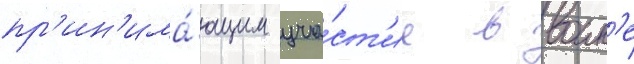
пр'ин'има́ющим уча́ст'ие в воин'е